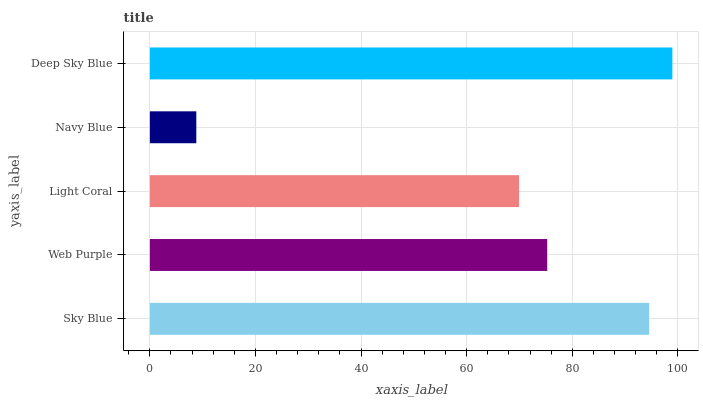
| yaxis_label | bars |
 | --- | --- |
 | Sky Blue | 94.6 |
 | Web Purple | 75.3 |
 | Light Coral | 69.9 |
 | Navy Blue | 8.8 |
 | Deep Sky Blue | 99 |